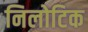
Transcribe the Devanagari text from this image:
निलोटिक